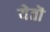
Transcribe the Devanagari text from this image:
येतॊ